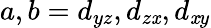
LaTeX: a,b=d_{yz},d_{z\mathit{x}},d_{\mathit{x}y}